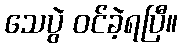
သေပွဲ ဝင်ခဲ့ရပြီ။